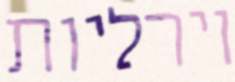
וירליות